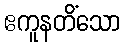
ဧကူနတိံသော